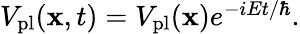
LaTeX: \begin{array}{r}{V_{\mathrm{pl}}(\mathbf{x},t)=V_{\mathrm{pl}}(\mathbf{x})e^{-iEt/\hbar}.}\end{array}